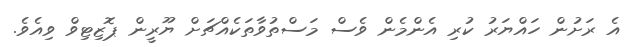
އެ ރަށުން ހައްޔަރު ކުރި އެންމެން ވެސް މަސްތުވާތަކެއްޗަށް ޔޫރީން ޕޮޒިޓިވް ވިއެވެ.